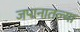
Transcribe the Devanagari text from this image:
जपानातल्या